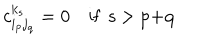
c _ { i _ { p } j _ { q } } ^ { k _ { s } } = 0 \quad \textrm { i f s > p + q } \;